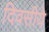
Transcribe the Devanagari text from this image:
दिवसीये